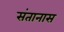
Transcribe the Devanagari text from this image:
संतानास